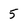
Character: 5